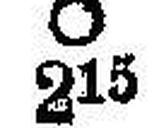
Ο 215